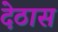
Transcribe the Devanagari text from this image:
देठास